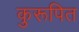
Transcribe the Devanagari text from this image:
कुरूपित